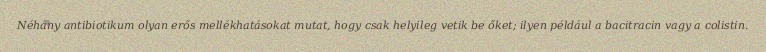
Néhány antibiotikum olyan erős mellékhatásokat mutat, hogy csak helyileg vetik be őket; ilyen például a bacitracin vagy a colistin.